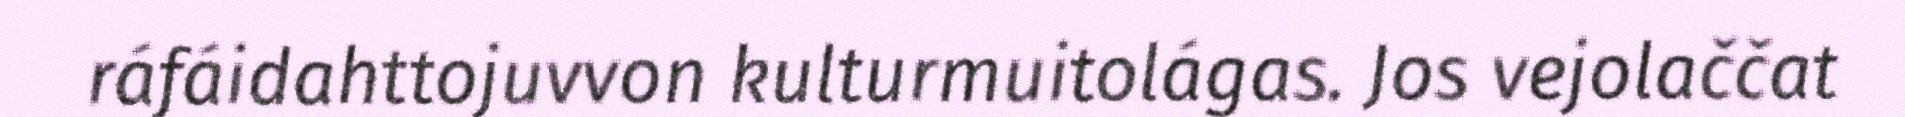
ráfáidahttojuvvon kulturmuitolágas. Jos vejolaččat